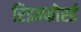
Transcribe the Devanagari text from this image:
रिइन्फोर्स्ड